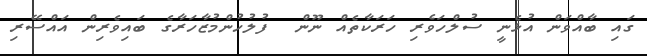
ގައި ބާއްވަން އުޅެނީ ސުލްހަވެރި ހަރަކާތެއް ނޫން  ފުލުހުންމުޒާހަރާގެ ބައިވެރިން އައްސޭރި